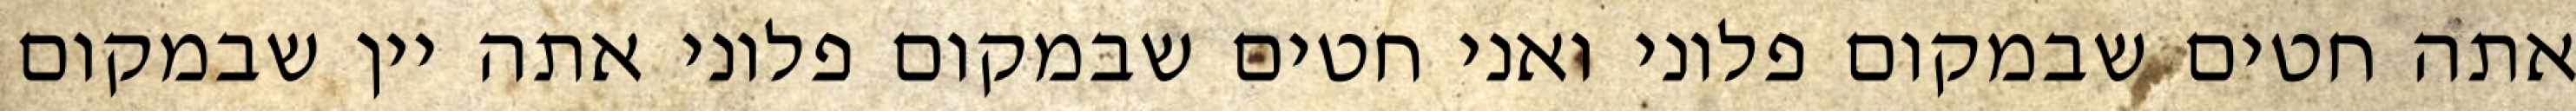
אתה חטים שבמקום פלוני ואני חטים שבמקום פלוני אתה יין שבמקום